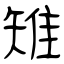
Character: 雉